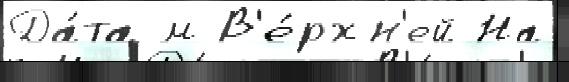
Да́та м В'е́рхн'ей На